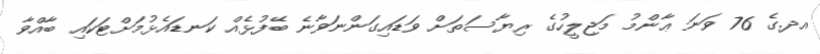
އދ.ގެ 76 ވަނަ ޢާންމު މަޖިލީހުގެ ރިޔާސަތަށް ވަޑައިގަންނަވާނެ ބޭފުޅެއް ކަނޑައެޅުމަށްޓަކައި ބާއްވާ